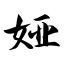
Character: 娅